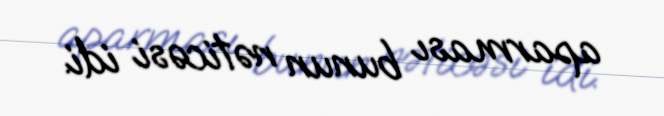
aparması bunun nəticəsi idi.